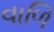
વાળિ